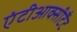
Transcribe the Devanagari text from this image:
एंटीआक्सीटैंट